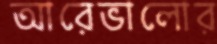
আরেভালোর